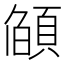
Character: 𮨌